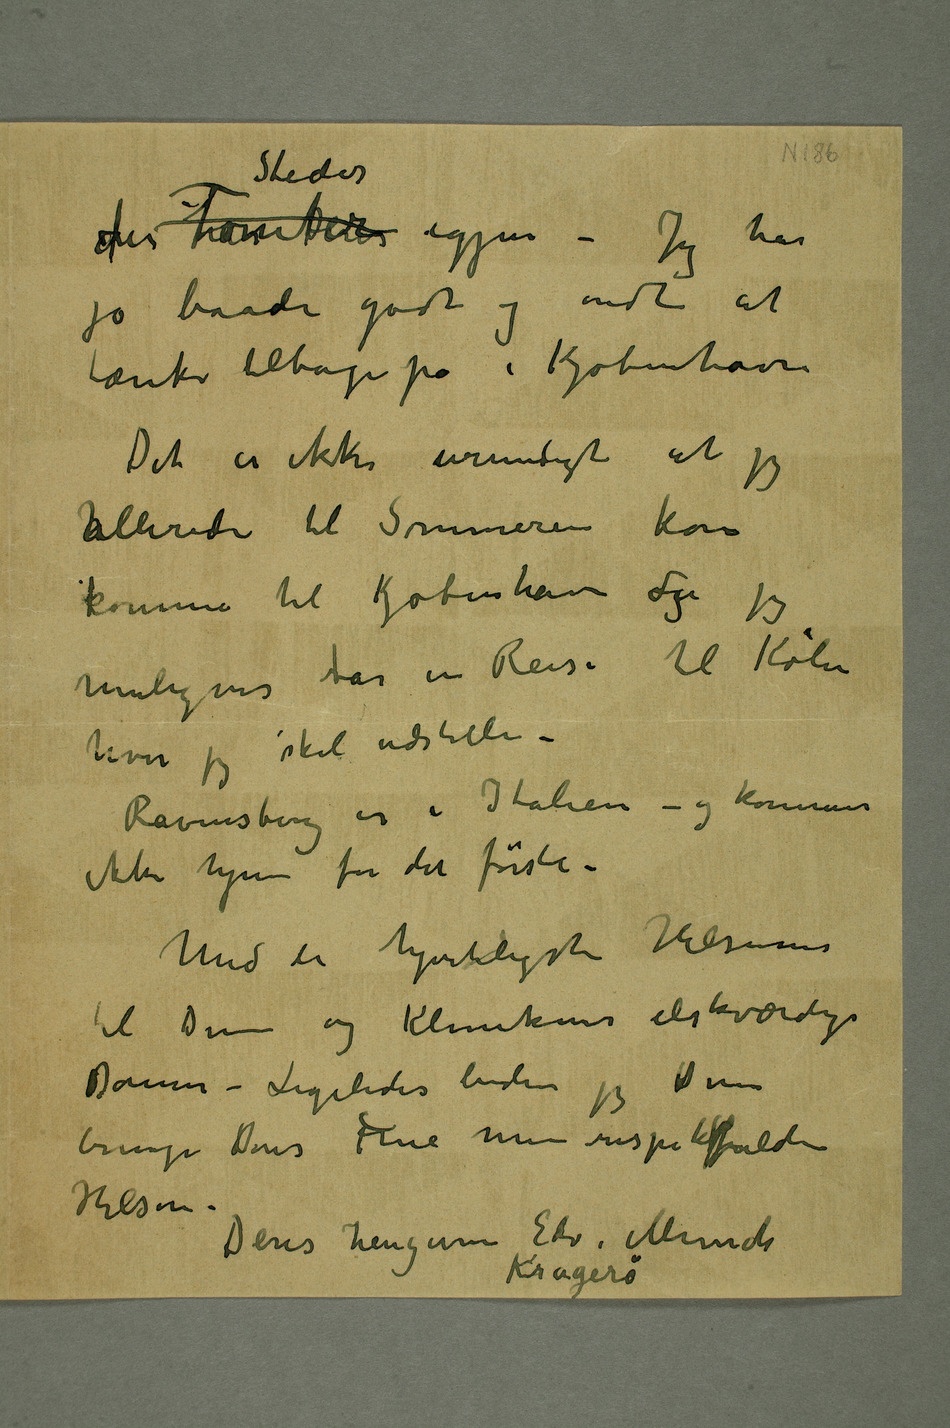
der Tomter Steder igjen – Jeg har
jo baade godt og ondt at
tænke tilbage på i Kjøbenhavn
Det er ikke urimeligt at jeg
kallerede til Sommeren kan
komme til Kjøbenhavn ogda jeg
hvor jeg skal udstille –
Ravensberg er i Italien – og kommer
ikke hjem for det første –
Med de hjerteligste Hilsener
til Dem og Klinikens elskværdige
Damer – Ligeledes beder jeg Dem
bringe Deres Frue min respektfulde
Hilsen –
Deres hengivne Edv. Munch
Kragerø